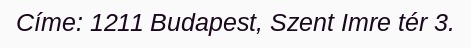
Címe: 1211 Budapest, Szent Imre tér 3.